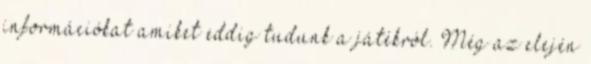
információkat amiket eddig tudunk a játékról. Még az elején